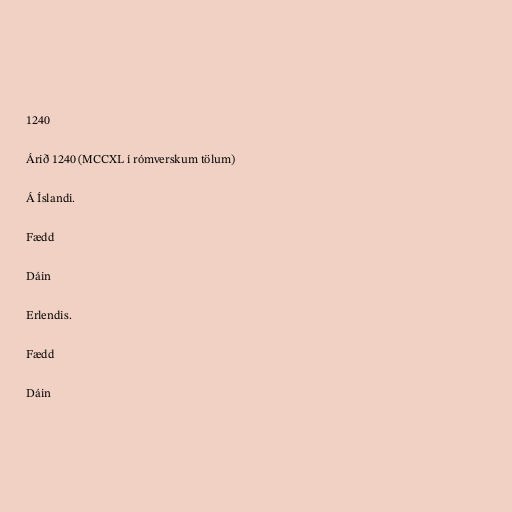
1240

Árið 1240 (MCCXL í rómverskum tölum)

Á Íslandi.

Fædd

Dáin

Erlendis.

Fædd

Dáin